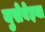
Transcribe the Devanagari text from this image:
युसेबेइया